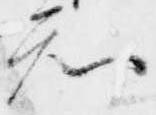
知